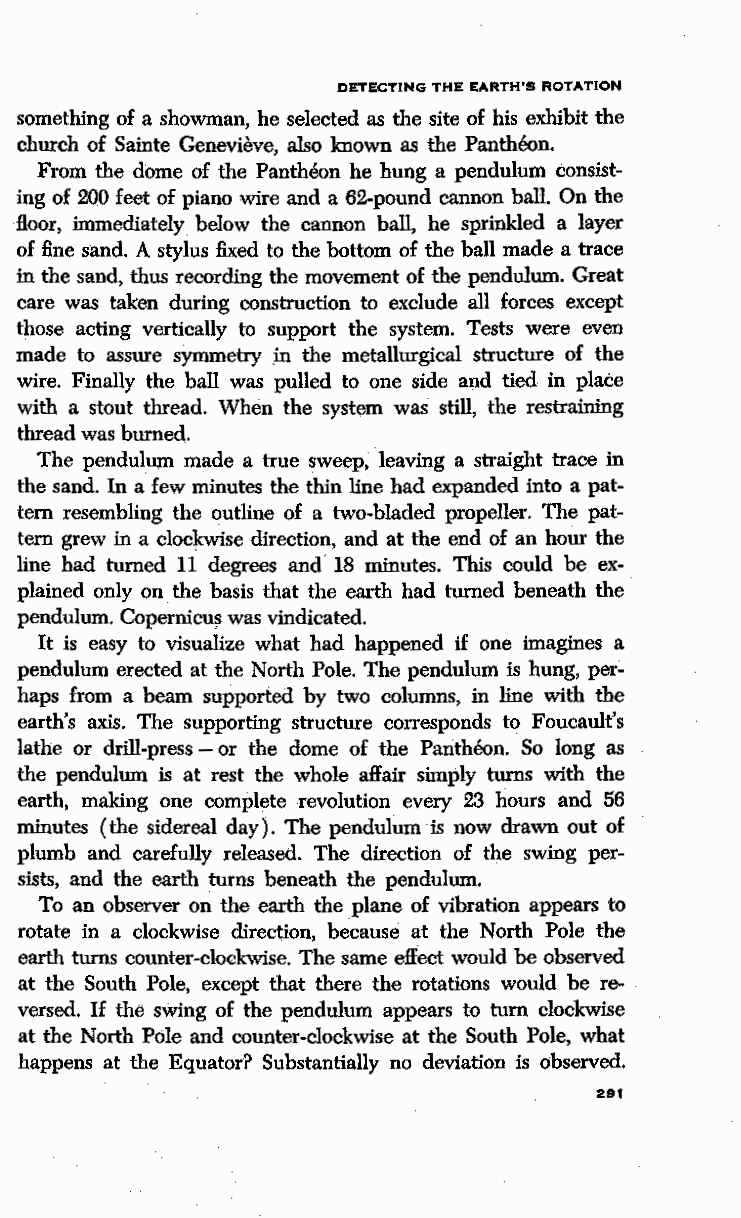
DETECTING THE EARTH'S ROTATION
 something of a showman, he selected as the site of his exhibit the
 church of Sainte Genevieve, also known as the Pantheon.
 From the dome of the Pantheon he hung a pendulum consist
 ing of 200 feet of piano wire and a 62-pound cannon ball. On the
 floor, immediately below the cannon ball, he sprinkled a layer
 of fine sand. A stylus fixed to the bottom of the ball made a trace
 in the sand, thus recording the movement of the pendulum. Great
 care was taken during construction to exclude all forces except
 those acting vertically to support the system. Tests were even
 made to assure symmetry in the metallurgical structure of the
 wire. Finally the ball was pulled to one side· a1,1d tied in place
 with a stout thread. When the system was still, the restraining
 thread was burned.
 The pendulum made a true sweep, .leaving a straight trace in
 the sand. In a few minutes the thin line had expanded into a pat
 tern resembling the outline of a two-bladed propeller. The pat
 tern grew in a clockwise direction, and at the end of an hour the
 line had turned 11 degrees and 18 minutes. This could be ex
 plained only on the basis that the earth had turned beneath the
 pendulum. Copernicu~ was vindicated.
 It is easy to visualize what had happened if one imagines a
 pendulum erected at the North Pole. The pendulum is hung, per
 haps from a beam supported by two columns, in line with the
 earth's axis. The supporting structure corresponds to Foucault's
 lathe or drill-press - or the dome of the Pantheon. So long as
 the pendulum is at rest the whole affair simply turns with the
 earth, making one complete revolution every 23 hours and 56
 minutes (the sidereal day). The pendulum ·is now drawn out of
 plumb and carefully released. The direction of the swing per
 sists, and the earth turns beneath the pendulum.
 To an observer on: the earth the plane of vibration appears to
 rotate in a clockwise direction, because at the North Pole the
 earth turns counter-clockwise. The same effect would be observed
 at the South Pole, except that there the rotations would be re
 versed. If the swing of ·the pendulum appears to turn clockwise
 at the North Pole and counter-clockwise at the South Pole, what
 happens at the Equator? Substantially no deviation is observed.
 281